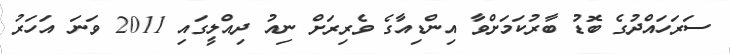
ސަރަހައްދުގެ ބޮޑު ބާރުކަމަށްވާ އިންޑިއާގެ ވެރިރަށް ނިއު ދިއްލީގައި 2011 ވަނަ އަހަރު